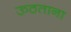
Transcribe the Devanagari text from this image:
ऊठताना